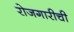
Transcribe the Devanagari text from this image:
रोजगारीची